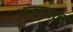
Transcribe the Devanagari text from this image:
आसपताल